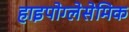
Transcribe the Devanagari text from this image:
हाइपोग्लेसेमिक